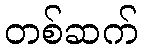
တစ်ဆက်